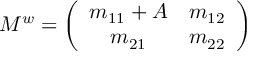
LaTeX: M ^ { w } = \left( \begin{array} { c c } { { m _ { 1 1 } + A } } & { { m _ { 1 2 } } } \\ { { m _ { 2 1 } } } & { { m _ { 2 2 } } } \end{array} \right)